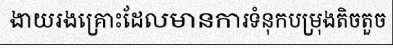
ងាយរងគ្រោះដែលមានការទំនុកបម្រុងតិចតួច